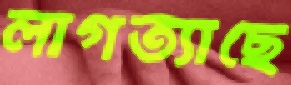
লাগত্যাছে